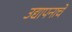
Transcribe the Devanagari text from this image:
उद्यापनाचे